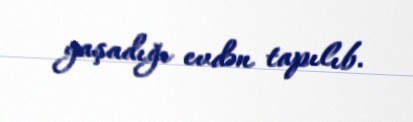
yaşadığı evdən tapılıb.